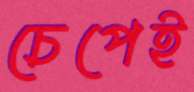
চেপেই